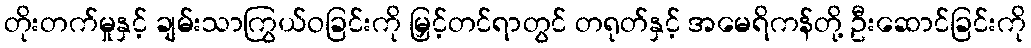
တိုးတက်မှုနှင့် ချမ်းသာကြွယ်ဝခြင်းကို မြှင့်တင်ရာတွင် တရုတ်နှင့် အမေရိကန်တို့ ဦးဆောင်ခြင်းကို